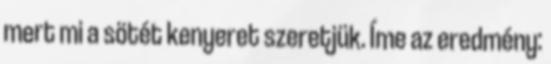
mert mi a sötét kenyeret szeretjük. Íme az eredmény: